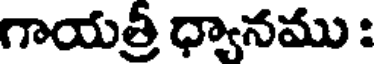
గాయత్రీ ధ్యానము :